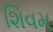
શિવમ